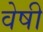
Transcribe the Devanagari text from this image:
वेषी